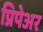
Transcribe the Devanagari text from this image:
प्रिपेअर